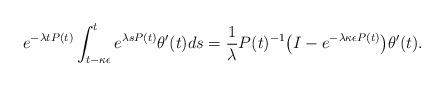
LaTeX: \begin{align*} e^{- \lambda t P(t)} \int_{t - \kappa \epsilon}^{t} e^{\lambda s P(t)} \theta'(t) ds = \frac{1}{\lambda} P(t)^{-1} \big( I - e^{- \lambda \kappa \epsilon P(t)} \big) \theta'(t). \end{align*}